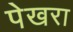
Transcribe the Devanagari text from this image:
पेखरा